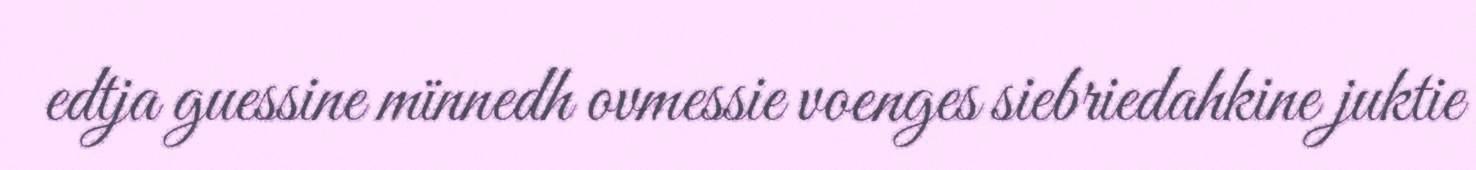
edtja guessine mïnnedh ovmessie voenges siebriedahkine juktie